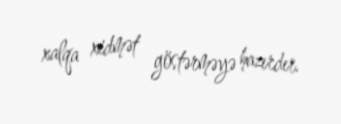
xalqa xidmət göstərməyə hazırdır.